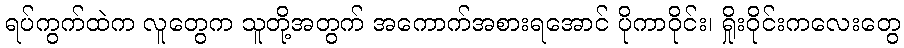
ရပ်ကွက်ထဲက လူတွေက သူတို့အတွက် အကောက်အစားရအောင် ပိုကာဝိုင်း၊ ရှိုးဝိုင်းကလေးတွေ